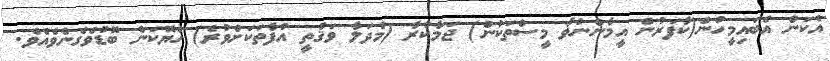
އެކަން އެބައިމީހުން(ކާފަރުން އީމާންނުވާ މީސްތަކުން) ޖަމާކުރާ (މުދަލާ ވަޤުތީ އުފާތަކަށްވުރެ) ހެޔޮކަން ބޮޑުވެގެންވެއެވެ.